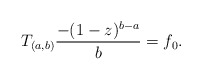
\begin{align*}T_{(a,b)} \frac{-(1-z)^{b-a}}{b} = f_0.\end{align*}